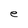
Character: e